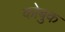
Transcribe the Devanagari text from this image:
कोबुक